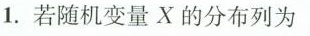
1.若随机变量X的分布列为